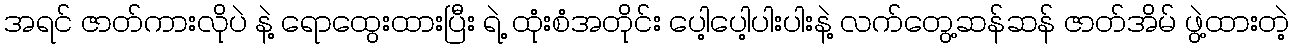
အရင် ဇာတ်ကားလိုပဲ နဲ့ ရောထွေးထားပြီး ရဲ့ ထုံးစံအတိုင်း ပေါ့ပေါ့ပါးပါးနဲ့ လက်တွေ့ဆန်ဆန် ဇာတ်အိမ် ဖွဲ့ထားတဲ့